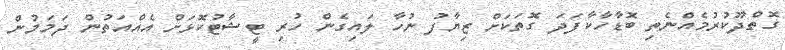
ގޮތްދޫކުރުމެއްނެތި ބޮޑާހާކާފަދަ ގޮތަކަށް ޒިޔާފު ނުހާ ލައިގެން ހުރި ޓީޝާޓުކޮޅަށް އެއްއަތުން ދަމަމުން